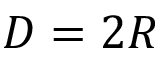
D = 2 R